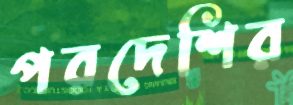
পরদেশির